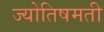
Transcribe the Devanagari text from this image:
ज्योतिषमती